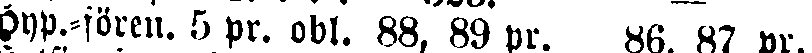
Hyp.-fören. 5 pr. obl. 88, 89 pr. 86. 87 pr.